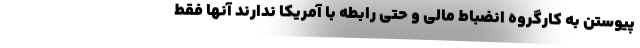
پیوستن به کارگروه انضباط مالی و حتی رابطه با آمریکا ندارند آنها فقط